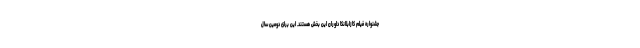
جشنواره فيلم كازابلانكا داوران این بخش هستند. این برای دومین سال